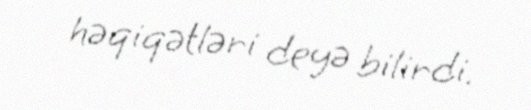
həqiqətləri deyə bilirdi.